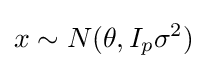
x\sim N(\theta ,I_{p}\sigma ^{2})\,\!